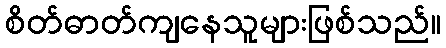
စိတ်ဓာတ်ကျနေသူများဖြစ်သည်။